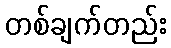
တစ်ချက်တည်း